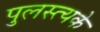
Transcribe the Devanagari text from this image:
पुलस्त्यके